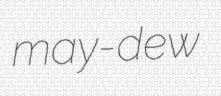
may-dew